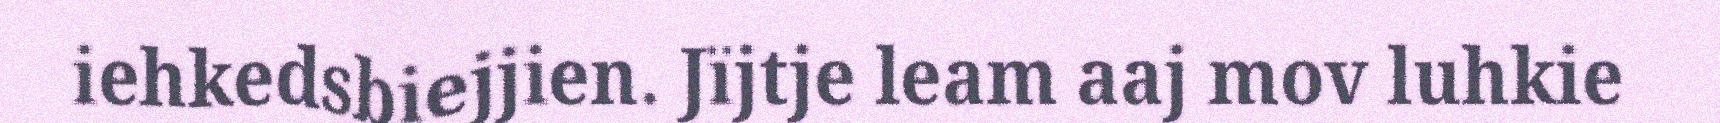
iehkedsbiejjien. Jïjtje leam aaj mov luhkie